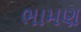
ભામણ